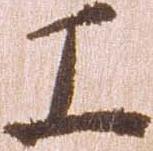
工